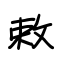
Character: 敕